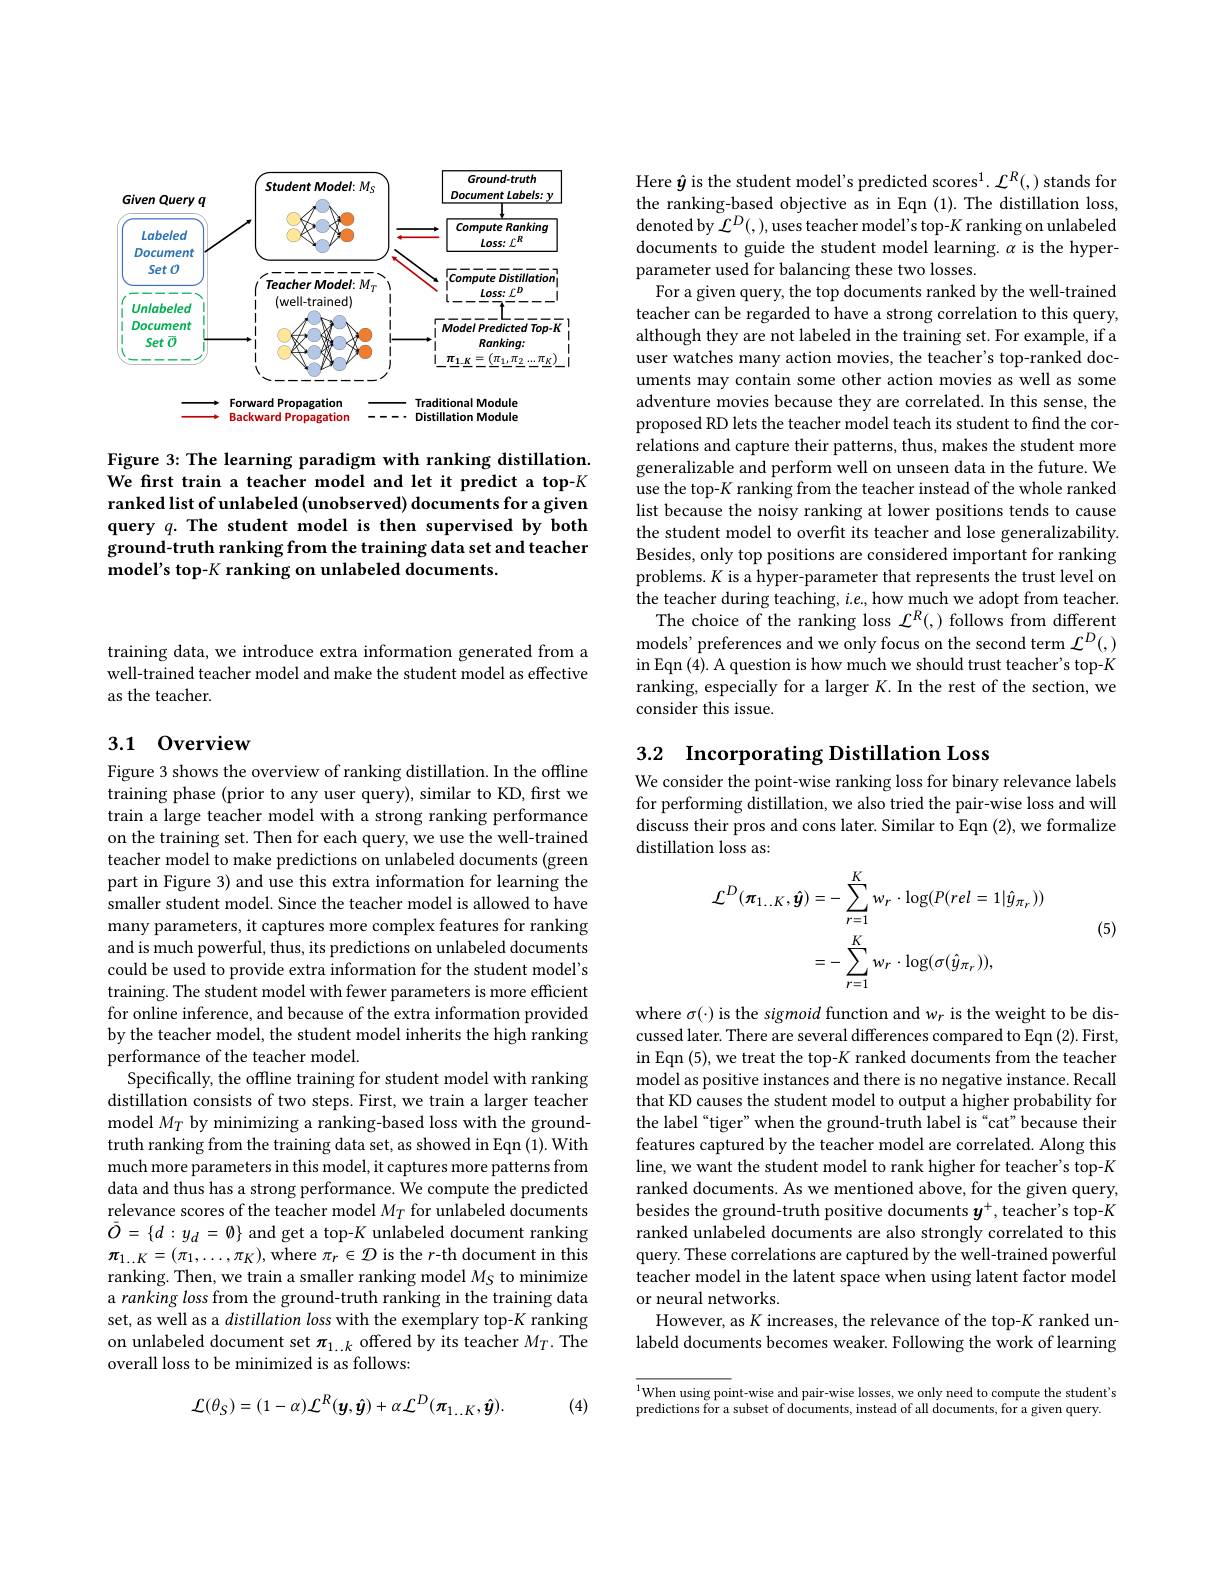
<FigureHere>

Figure 3: The learning paradigm with ranking distillation. We frst train a teacher model and let it predict a top-K ranked list of unlabeled (unobserved) documents for a given query $q. \textbf{The student model is then supervised by both}$ ground-truth ranking from the training data set and teacher model's top-K ranking on unlabeled documents.

training data, we introduce extra information generated from a well-trained teacher model and make the student model as effective as the teacher.

## 3.1 0verview

Figure 3 shows the overview of ranking distillation. In the offline training phase (prior to any user query), similar to KD, first we train a large teacher model with a strong ranking performance on the training set. Then for each query, we use the well-trained teacher model to make predictions on unlabeled documents (green part in Figure 3) and use this extra information for learning the smaller student model. Since the teacher model is allowed to have many parameters, it captures more complex features for ranking and is much powerful, thus, its predictions on unlabeled documents could be used to provide extra information for the student model's training. The student model with fewer parameters is more efficient for online inference, and because of the extra information provided by the teacher model, the student model inherits the high ranking performance of the teacher model.
Specifically, the offline training for student model with ranking distillation consists of two steps. First, we train a larger teacher model $M_T$ by minimizing a ranking-based loss with the groundtruth ranking from the training data set, as showed in Eqn (1). With much more parameters in this model, it captures more patterns from data and thus has a strong performance. We compute the predicted relevance scores of the teacher model $M_T$ for unlabeled documents $\bar{O}=\{d:y_{d}=\emptyset\}$ and get a top-$K$ unlabeled document ranking $\pi_{1\ldots K}=(\pi_{1},\ldots,\pi_{K})$,where $\pi_r\in\mathcal{D}$ is the $r$-th document in this ranking. Then, we train a smaller ranking model $M_S$ to minimize a ranking loss from the ground-truth ranking in the training data set, as well as a distillation loss with the exemplary top-K ranking on unlabeled document set $\pi_{1..k}$ offered by its teacher $M_T.$ The overall loss to be minimized is as follows:
$$\mathcal{L}(\theta_{S})=(1-\alpha)\mathcal{L}^{R}(\boldsymbol{y},\hat{\boldsymbol{y}})+\alpha\mathcal{L}^{D}(\boldsymbol{\pi}_{1\ldots K},\hat{\boldsymbol{y}}).$$
(4)

Here $\hat{\boldsymbol{y}}$ is the student model's predicted scores$^1.\mathcal{L}^R(,)$ stands for the ranking-based objective as in Eqn (1). The distillation loss, denoted by $\mathcal{L}^D(,)$,uses teacher model's top-$K$ ranking on unlabeled documents to guide the student model learning. $\alpha$ is the hyperparameter used for balancing these two losses.
For a given query, the top documents ranked by the well-trained teacher can be regarded to have a strong correlation to this query, although they are not labeled in the training set. For example, if a user watches many action movies, the teacher's top-ranked documents may contain some other action movies as well as some adventure movies because they are correlated. In this sense, the proposed RD lets the teacher model teach its student to find the correlations and capture their patterns, thus, makes the student more generalizable and perform well on unseen data in the future. We use the top-$K$ ranking from the teacher instead of the whole ranked list because the noisy ranking at lower positions tends to cause the student model to overfit its teacher and lose generalizability. Besides, only top positions are considered important for ranking problems. $K$ is a hyper-parameter that represents the trust level on the teacher during teaching, $i.e.$, how much we adopt from teacher.
The choice of the ranking loss $\mathcal{L}^R(,)$ follows from different models' preferences and we only focus on the second term $\mathcal{L}^D(,)$ in Eqn (4). A question is how much we should trust teacher's top-$K$ ranking, especially for a larger $K.$ In the rest of the section, we consider this issue.

## 3.2 Incorporating Distillation Loss

We consider the point-wise ranking loss for binary relevance labels for performing distillation, we also tried the pair-wise loss and will discuss their pros and cons later. Similar to Eqn (2), we formalize distillation loss as:

(5)
$$\begin{aligned}\mathcal{L}^{D}(\boldsymbol{\pi}_{1..K},\hat{\boldsymbol{y}})&=-\sum_{r=1}^{K}w_{r}\cdot\log(P(rel=1|\hat{y}_{\pi_{r}}))\\&=-\sum_{r=1}^{K}w_{r}\cdot\log(\sigma(\hat{y}_{\pi_{r}})),\end{aligned}$$
where $\sigma(\cdot)$ is the sigmoid function and wr is the weight to be discussed later. There are several differences compared to Eqn (2). First, in Eqn (5), we treat the top-$K$ ranked documents from the teacher model as positive instances and there is no negative instance. Recall that KD causes the student model to output a higher probability for the label“tiger” when the ground-truth label is“cat”because their features captured by the teacher model are correlated. Along this line, we want the student model to rank higher for teacher's top-$K$ ranked documents. As we mentioned above, for the given query, besides the ground-truth positive documents $y^+$,teacher's top-$K$ ranked unlabeled documents are also strongly correlated to this query. These correlations are captured by the well-trained powerful teacher model in the latent space when using latent factor model or neural networks.
However, as K increases, the relevance of the top-$K$ ranked unlabeld documents becomes weaker. Following the work of learning

$^{1}$When using point-wise and pair-wise losses, we only need to compute the student's$^{1}$when using point-wise and pair-wise losses, we only need to compute the student's$^{1}$
predictions for a subset of documents, instead of all documents, for a given query.